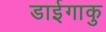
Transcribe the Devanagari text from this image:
डाईगाकु